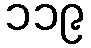
၁၁၉